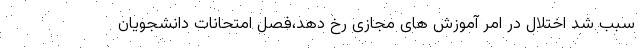
سبب شد اختلال در امر آموزش های مجازی رخ دهد،فصل امتحانات دانشجویان